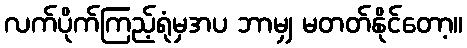
လက်ပိုက်ကြည့်ရုံမှအပ ဘာမျှ မတတ်နိုင်တော့။